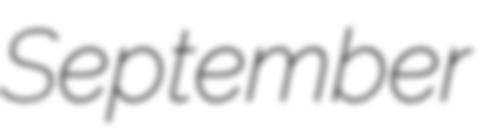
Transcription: September